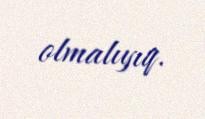
olmalıyıq.